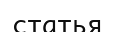
статья